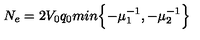
N _ { e } = 2 V _ { 0 } q _ { 0 } m i n \Bigl \{ - \mu _ { 1 } ^ { - 1 } , - \mu _ { 2 } ^ { - 1 } \Bigr \}